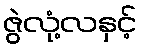
ဇွဲလုံ့လနှင့်